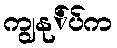
ကျွနု်ပ်က